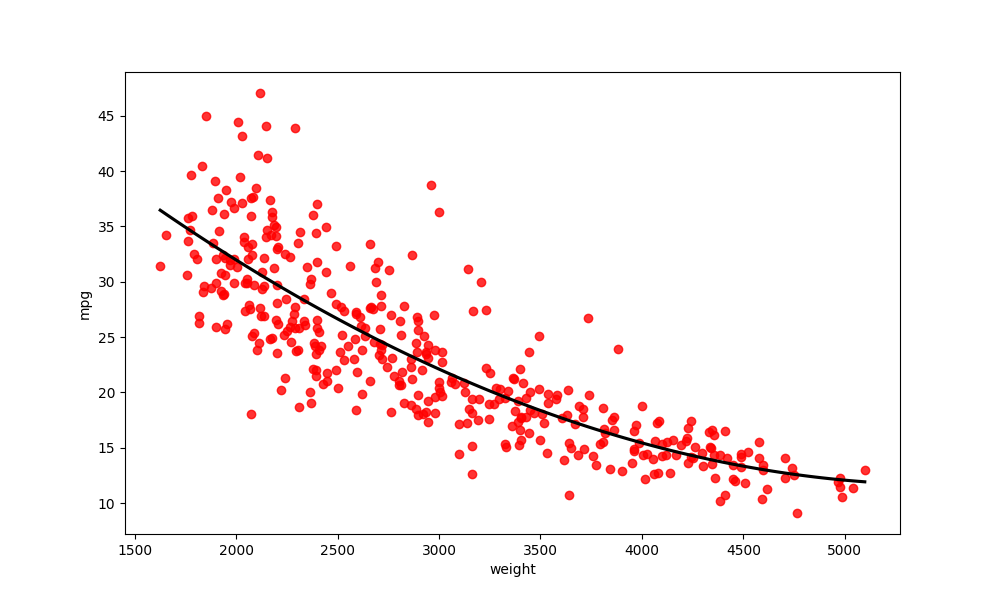
python, seaborn, regplot, order=3, ci=None, scatter_color=red, line_color=black